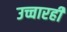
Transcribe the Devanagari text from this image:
उच्चारही